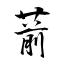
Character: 葥